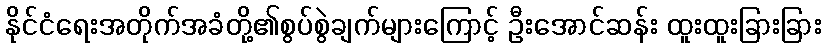
နိုင်ငံရေးအတိုက်အခံတို့၏စွပ်စွဲချက်များကြောင့် ဦးအောင်ဆန်း ထူးထူးခြားခြား